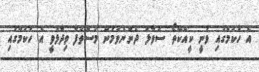
އެ ހުކުމްގައި ވަނީ ކީއްކޭތޯ ސުވާލު ދެންނެވުމުން މުސްތަފާ ވިދާޅުވީ އެ ހުކުމްގައި